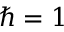
\hbar = 1